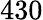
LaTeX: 430